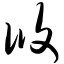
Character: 攸